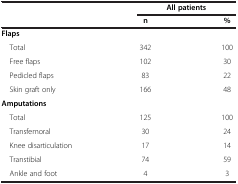
<table><thead><tr><td><b> </b></td><td colspan="2"><b>All patients</b></td></tr><tr><td><b> </b></td><td><b>n</b></td><td><b>%</b></td></tr></thead><tbody><tr><td><b>Flaps</b></td><td> </td><td> </td></tr><tr><td> Total</td><td>342</td><td>100</td></tr><tr><td> Free flaps</td><td>102</td><td>30</td></tr><tr><td> Pedicled flaps</td><td>83</td><td>22</td></tr><tr><td> Skin graft only</td><td>166</td><td>48</td></tr><tr><td><b>Amputations</b></td><td colspan="2"> </td></tr><tr><td> Total</td><td>125</td><td>100</td></tr><tr><td> Transfemoral</td><td>30</td><td>24</td></tr><tr><td> Knee disarticulation</td><td>17</td><td>14</td></tr><tr><td> Transtibial</td><td>74</td><td>59</td></tr><tr><td> Ankle and foot</td><td>4</td><td>3</td></tr></tbody></table>